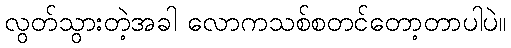
လွတ်သွားတဲ့အခါ လောကသစ်စတင်တော့တာပါပဲ။